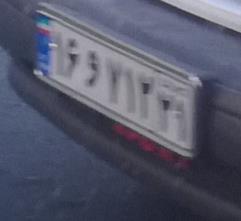
۱۶و۷۱۲۲۱